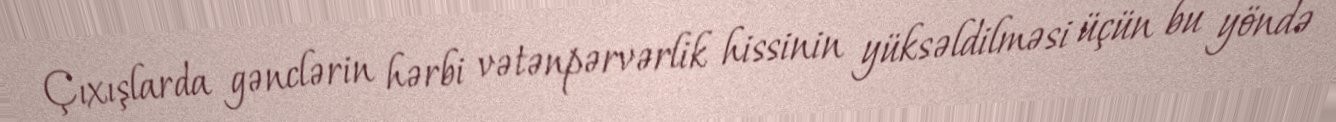
Çıxışlarda gənclərin hərbi vətənpərvərlik hissinin yüksəldilməsi üçün bu yöndə